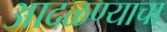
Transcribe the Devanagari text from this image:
आदळण्याचा